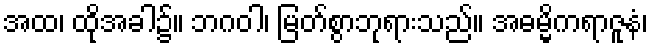
အထ၊ ထိုအခါ၌။ ဘဂဝါ၊ မြတ်စွာဘုရားသည်။ အဓမ္မိကရာဇူနံ၊